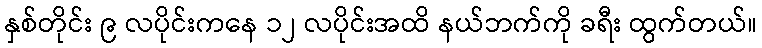
နှစ်တိုင်း ၉ လပိုင်းကနေ ၁၂ လပိုင်းအထိ နယ်ဘက်ကို ခရီး ထွက်တယ်။